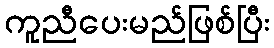
ကူညီပေးမည်ဖြစ်ပြီး